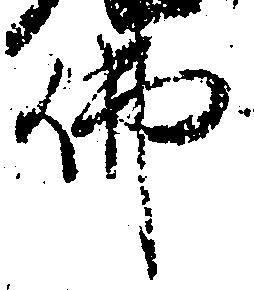
仏